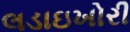
લડાઇખોરી